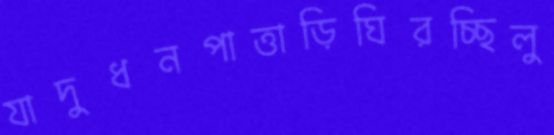
যাদুধনপাত্তাড়িঘিরচ্ছিলু